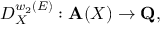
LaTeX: D _ { X } ^ { w _ { 2 } ( E ) } : { \bf A } ( X ) \rightarrow { \bf Q } ,